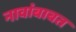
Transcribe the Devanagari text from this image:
नावांबाबत